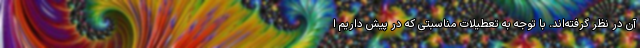
آن در نظر گرفته‌اند. با توجه به تعطیلات مناسبتی که در پیش داریم ا